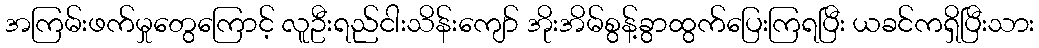
အကြမ်းဖက်မှုတွေကြောင့် လူဦးရည်ငါးသိန်းကျော် အိုးအိမ်စွန့်ခွာထွက်ပြေးကြရပြီး ယခင်ကရှိပြီးသား